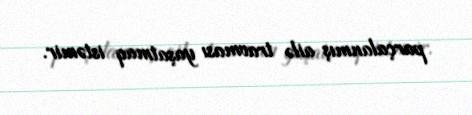
parçalanmış ailə travması yaşatmaq istəmir.